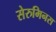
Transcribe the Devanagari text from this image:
सेरुमिनस